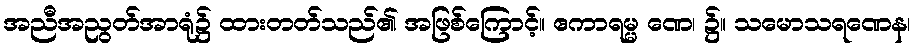
အညီအညွတ်အာရုံ၌ ထားတတ်သည်၏ အဖြစ်ကြောင့်။ ဧကာရမ္မ ဏေ၊ ၌။ သမောသရဏေန၊